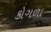
કોગળા